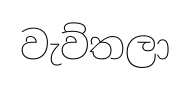
වැව්තලා